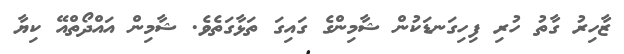
ޒާހިރު ގާތު ހުރި ފިހިގަނޑަކުން ޝާމިންގެ ގައިގަ ތަޅާގަތެވެ. ޝާމިން އައްދޯތްއޭ ކިޔާ